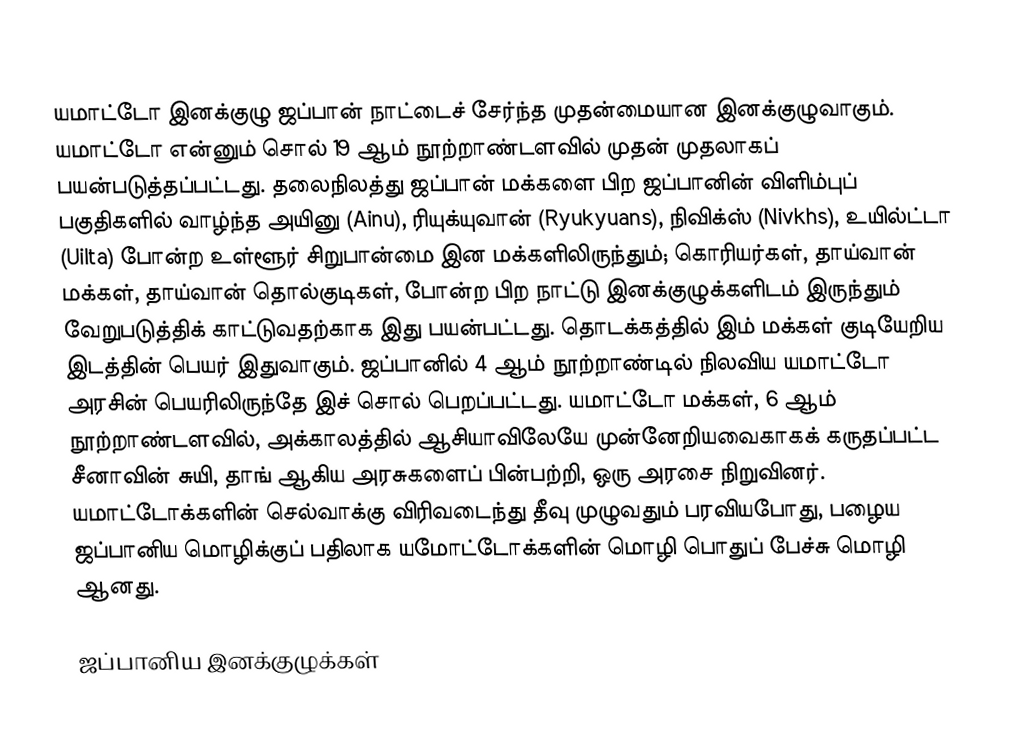
யமாட்டோ இனக்குழு ஜப்பான் நாட்டைச் சேர்ந்த முதன்மையான இனக்குழுவாகும். யமாட்டோ என்னும் சொல் 19 ஆம் நூற்றாண்டளவில் முதன் முதலாகப் பயன்படுத்தப்பட்டது. தலைநிலத்து ஜப்பான் மக்களை பிற ஜப்பானின் விளிம்புப் பகுதிகளில் வாழ்ந்த அயினு (Ainu), ரியுக்யுவான் (Ryukyuans), நிவிக்ஸ் (Nivkhs), உயில்ட்டா (Uilta) போன்ற உள்ளூர் சிறுபான்மை இன மக்களிலிருந்தும்; கொரியர்கள், தாய்வான் மக்கள், தாய்வான் தொல்குடிகள், போன்ற பிற நாட்டு இனக்குழுக்களிடம் இருந்தும் வேறுபடுத்திக் காட்டுவதற்காக இது பயன்பட்டது. தொடக்கத்தில் இம் மக்கள் குடியேறிய இடத்தின் பெயர் இதுவாகும். ஜப்பானில் 4 ஆம் நூற்றாண்டில் நிலவிய யமாட்டோ அரசின் பெயரிலிருந்தே இச் சொல் பெறப்பட்டது. யமாட்டோ மக்கள், 6 ஆம் நூற்றாண்டளவில், அக்காலத்தில் ஆசியாவிலேயே முன்னேறியவைகாகக் கருதப்பட்ட சீனாவின் சுயி, தாங் ஆகிய அரசுகளைப் பின்பற்றி, ஒரு அரசை நிறுவினர். யமாட்டோக்களின் செல்வாக்கு விரிவடைந்து தீவு முழுவதும் பரவியபோது, பழைய ஜப்பானிய மொழிக்குப் பதிலாக யமோட்டோக்களின் மொழி பொதுப் பேச்சு மொழி ஆனது.

ஜப்பானிய இனக்குழுக்கள்